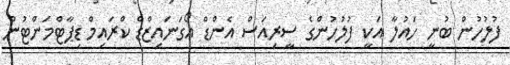
ފުލުހުން ބުނީ ހައުލާ އަކީ ފުލުހުންގެ ސީރިއަސް އެންޑް އޯގަނައިޒްޑް ކްރައިމް ޑިޕާޓްމަންޓުން